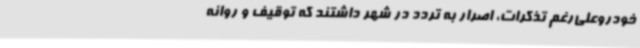
خودروعلی‌رغم تذکرات، اصرار به تردد در شهر داشتند که توقیف و روانه